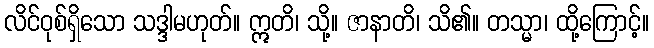
လိင်ဝုစ်ရှိသော သဒ္ဒါမဟုတ်။ ဣတိ၊ သို့။ ဇာနာတိ၊ သိ၏။ တသ္မာ၊ ထို့ကြောင့်။